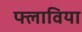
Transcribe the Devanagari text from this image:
फ्लाविया